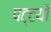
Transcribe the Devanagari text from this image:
पट्टयों